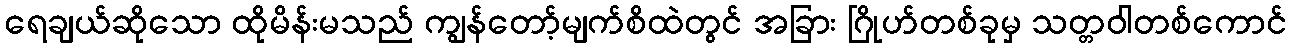
ရေချယ်ဆိုသော ထိုမိန်းမသည် ကျွန်တော့်မျက်စိထဲတွင် အခြား ဂြိုဟ်တစ်ခုမှ သတ္တဝါတစ်ကောင်